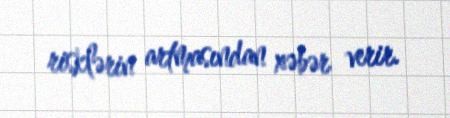
risklərin artmasından xəbər verir.